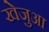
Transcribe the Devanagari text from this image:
खेजुआ